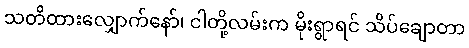
သတိထားလျှောက်နော်၊ ငါတို့လမ်းက မိုးရွာရင် သိပ်ချောတာ